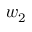
w _ { 2 }